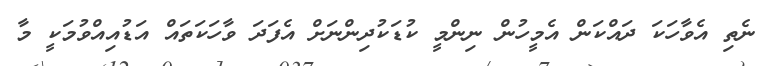
ނެތި އެވާހަކަ ދައްކަން އެމީހުން ނިންމީ ކުޑަކުދިންނަށް އެފަދަ ވާހަކަތައް އަޑުއިއްވުމަކީ މާ